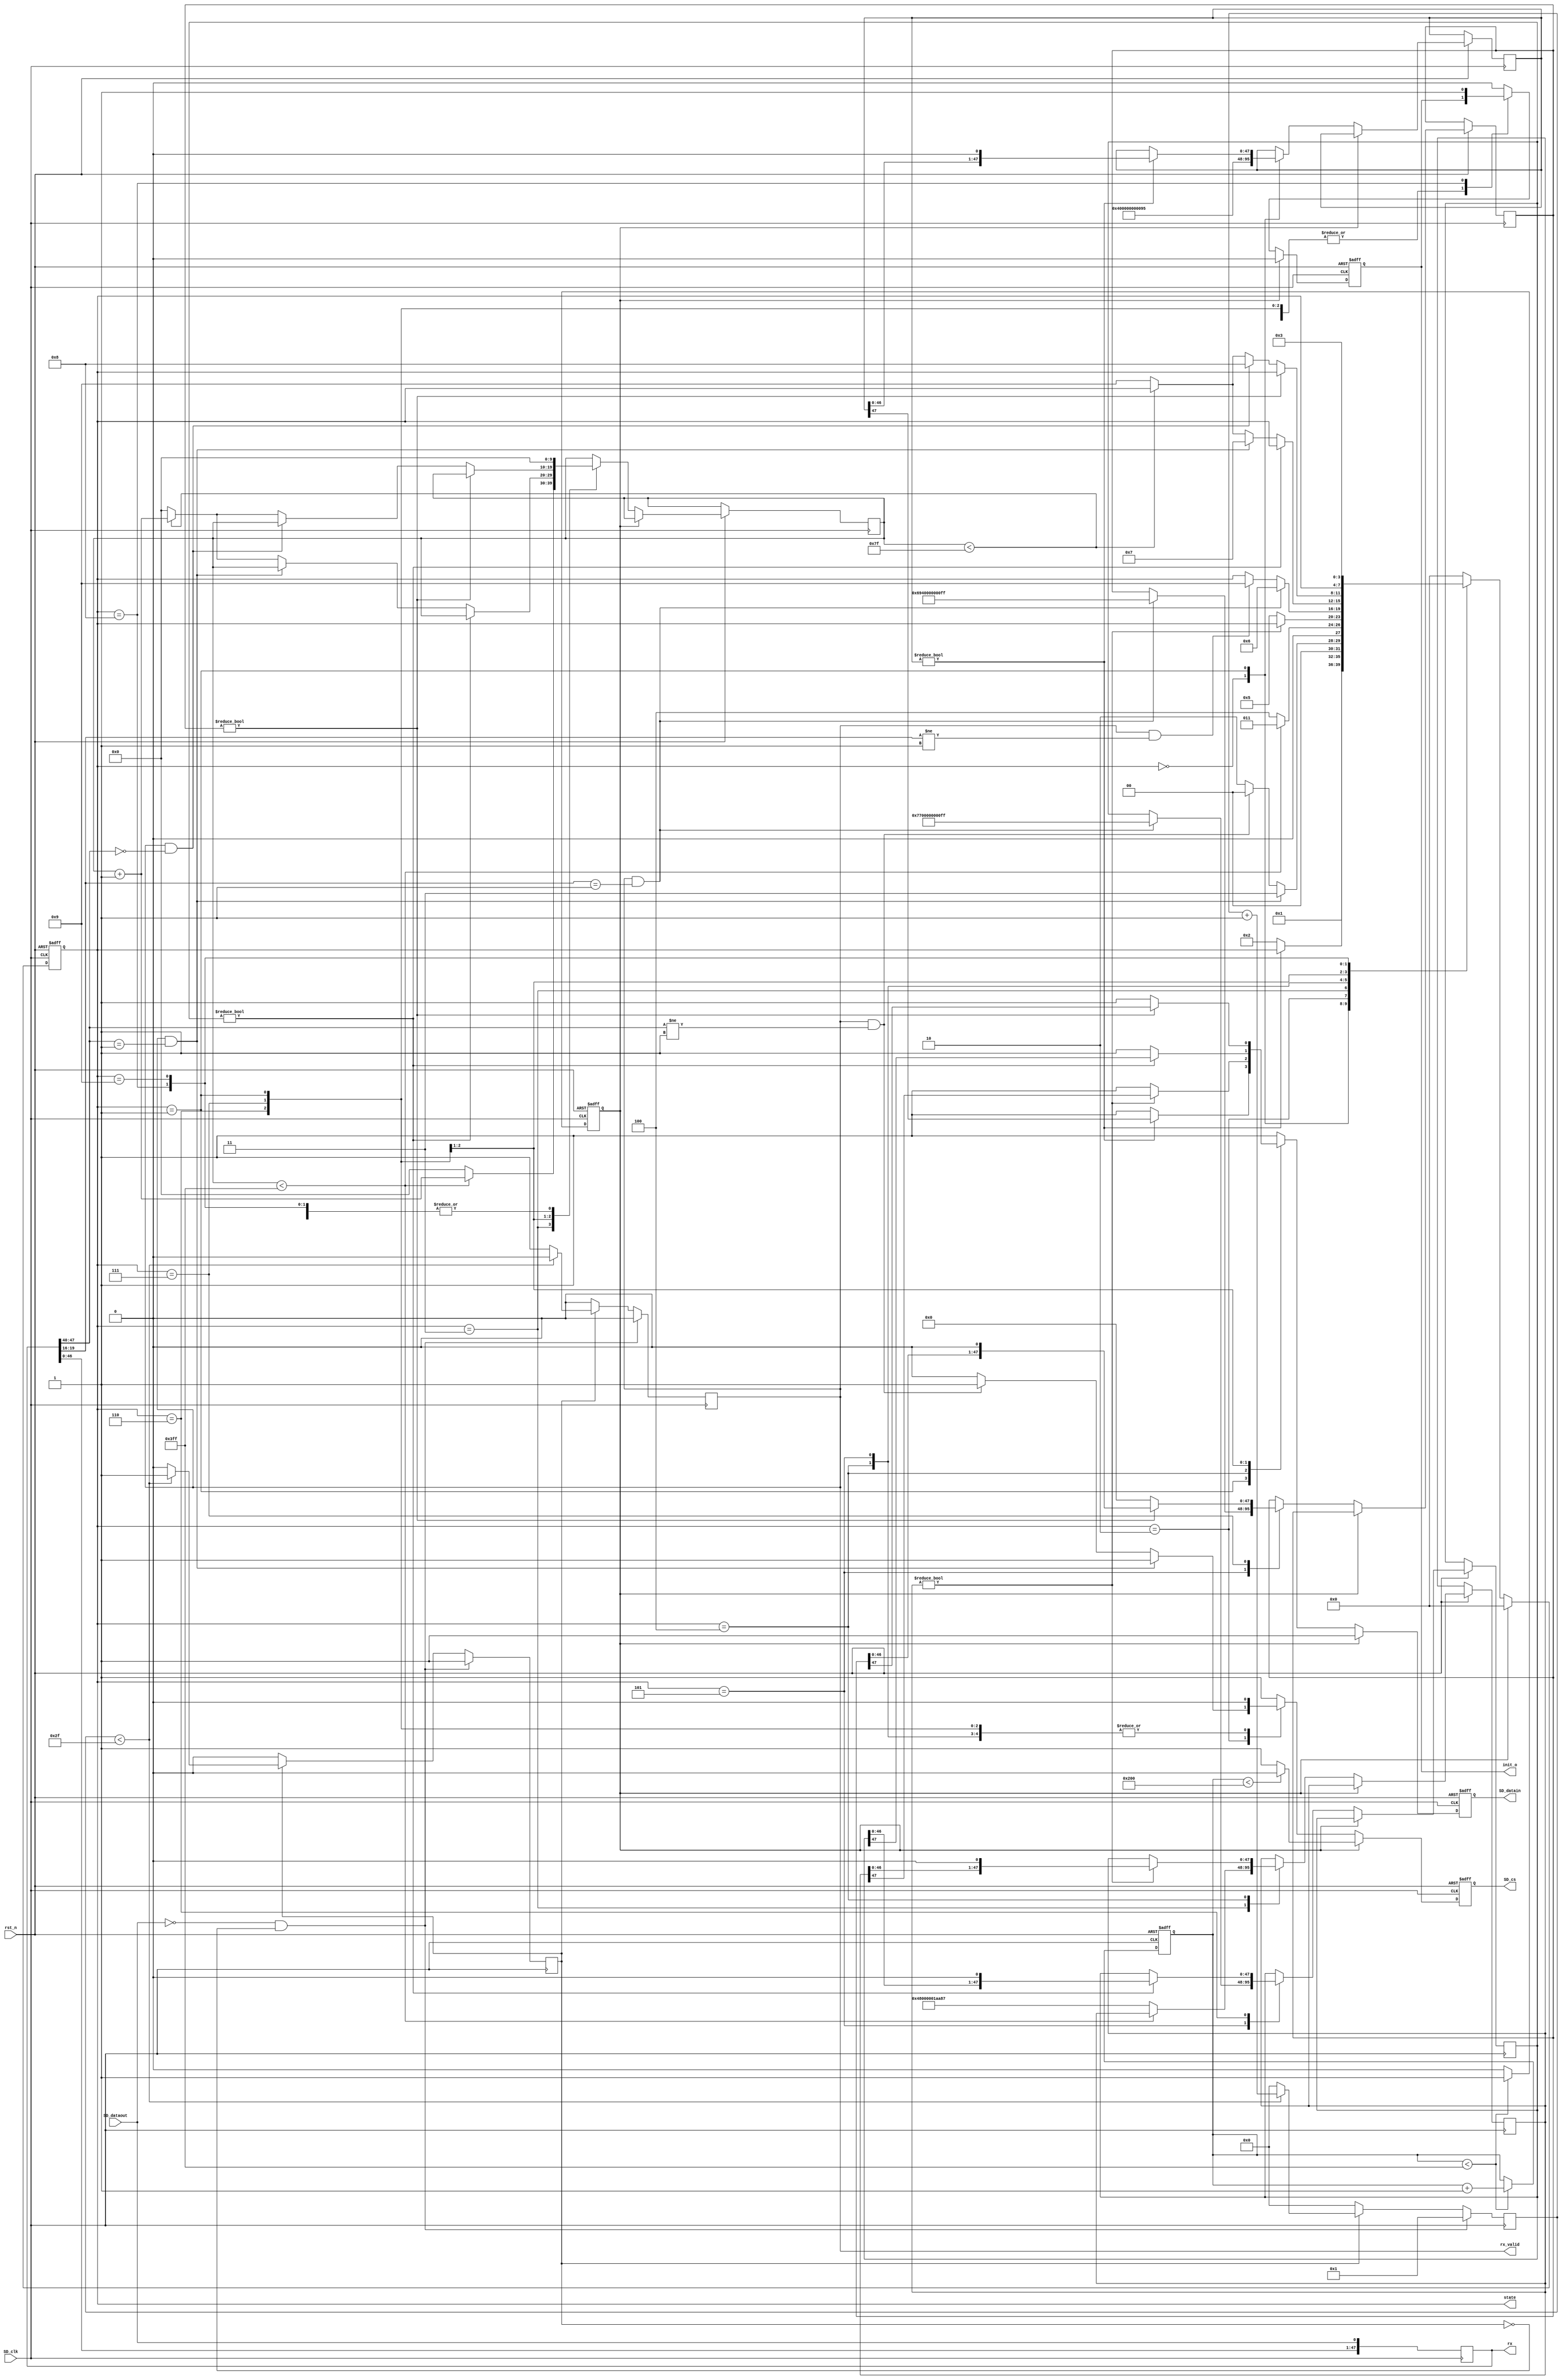
module sd_initial(
						
						input rst_n,
						
						input SD_clk,    
						output reg SD_cs,
						output reg SD_datain,
						input  SD_dataout,
						
						output [47:0]rx,      // ʲôã
						output reg rx_valid,
						output reg init_o,
						output reg [3:0] state

);


reg [47:0] CMD0={8'h40,8'h00,8'h00,8'h00,8'h00,8'h95};  //CMD0ҪCRC 95
reg [47:0] CMD8={8'h48,8'h00,8'h00,8'h01,8'haa,8'h87};   

reg [47:0] CMD55={8'h77,8'h00,8'h00,8'h00,8'h00,8'hff};
reg [47:0] ACMD41={8'h69,8'h40,8'h00,8'h00,8'h00,8'hff};

reg [47:0] rx;

reg [9:0] counter=10'd0;
reg reset=1'b1;

parameter idle=4'b0000;
parameter send_cmd0=4'b0001;
parameter wait_01=4'b0010;
parameter waitb=4'b0011;
parameter send_cmd8=4'b0100;
parameter waita=4'b0101;
parameter send_cmd55=4'b0110;
parameter send_acmd41=4'b0111;
parameter init_done=4'b1000;
parameter init_fail=4'b1001;

reg [9:0] cnt;

reg [5:0]aa;

reg en;

//SD
always @(posedge SD_clk)
begin
	rx[0]<=SD_dataout;
	rx[47:1]<=rx[46:0];
end

//SDӦź
always @(posedge SD_clk)
begin
	if(!SD_dataout&&!en) begin //ȴSD_dataoutΪ,SD_dataoutΪ,ʼ
	  rx_valid<=1'b0; 
	  aa<=1;
	  en<=1'b1;
	end   
   else if(en)	begin 
		if(aa<47) begin
			aa<=aa+1'b1;  
			rx_valid<=1'b0;
		end
		else begin
			aa<=0;
			en<=1'b0;
			rx_valid<=1'b1;        //48bit,rx_validźſʼЧ
		end
	end
	else begin 
	   en<=1'b0;
		aa<=0;
		rx_valid<=1'b0;
	end
end

//ϵʱͷresetź
always @(negedge SD_clk or negedge rst_n)
begin
   if (!rst_n) begin
	    counter<=0;
		 reset<=1'b1;
	end
	else begin
	  if(counter<10'd1023) begin 
			counter<=counter+1'b1;
			reset<=1'b1;
	  end
	  else begin 	
	      reset<=1'b0;
	  end
	end  
end

//SDʼ
always @(negedge SD_clk or negedge rst_n)
begin
	if(!rst_n)begin
		SD_cs<=1'b0;         //ƬѡCS͵ƽѡSD
		SD_datain<=1'b1;
		init_o<=1'b0;
		state<=idle;		
	end
	else if(reset==1'b1) begin
	  if(counter<512)  begin
		  SD_cs<=1'b0;         //ƬѡCS͵ƽѡSD
		  SD_datain<=1'b1;
		  init_o<=1'b0;
		  state<=idle;
	  end
	  else begin
		  SD_cs<=1'b1;         //ƬѡCSߵƽͷSD
		  SD_datain<=1'b1;
		  init_o<=1'b0;
		  state<=idle;
	 end
		end
	 else begin
			case(state)
			   idle:	begin
					init_o<=1'b0;
					CMD0<={8'h40,8'h00,8'h00,8'h00,8'h00,8'h95};    
					SD_cs<=1'b1;
					SD_datain<=1'b1;
					state<=send_cmd0;
					cnt<=0;
				end
				send_cmd0: begin              //CMD0
					if(CMD0!=48'd0) begin
						SD_cs<=1'b0;
						SD_datain<=CMD0[47];
						CMD0<={CMD0[46:0],1'b0};
					end
						else begin
							SD_cs<=1'b0;
							SD_datain<=1'b1;
							state<=wait_01;
						end
					end
				 wait_01:begin                        //ȴSDӦ0x01
						if(rx_valid&&rx[47:40]==8'h01) begin          
							SD_cs<=1'b1;
							SD_datain<=1'b1;
							state<=waitb;
						end
						else if(rx_valid&&rx[47:40]!=8'h01)	begin
							SD_cs<=1'b1;
							SD_datain<=1'b1;
							state<=idle;
						end
						else begin
							SD_cs<=1'b0;
							SD_datain<=1'b1;
							state<=wait_01;
						end
				  end
				  waitb: begin                //ȴһʱ			
						if(cnt<10'd1023)	begin
							SD_cs<=1'b1;
							SD_datain<=1'b1;
							state<=waitb;
							cnt<=cnt+1'b1;
						end
						else begin
							SD_cs<=1'b1;
							SD_datain<=1'b1;
							CMD8<={8'h48,8'h00,8'h00,8'h01,8'haa,8'h87};           
							cnt<=0;
							state<=send_cmd8;
						end
					end
					send_cmd8: begin                     //CMD8	
						if(CMD8!=48'd0) begin
							SD_cs<=1'b0;
							SD_datain<=CMD8[47];
							CMD8<={CMD8[46:0],1'b0};
						end
						else begin
							SD_cs<=1'b0;
							SD_datain<=1'b1;
							state<=waita;
						end
					end
					waita: begin                     //ȴCMD8Ӧ,
						SD_cs<=1'b0;
					   SD_datain<=1'b1;
						if(rx_valid&&rx[19:16]==4'b0001) begin         //SD2.0support 2.7V-3.6V supply voltage										
						   state<=send_cmd55;
						   CMD55<={8'h77,8'h00,8'h00,8'h00,8'h00,8'hff};
							ACMD41<={8'h69,8'h40,8'h00,8'h00,8'h00,8'hff};
						end
						else if(rx_valid&&rx[19:16]!=4'b0001)	begin
							state<=init_fail;
						end
 				    end
					 send_cmd55:begin             //CMD55 				
						if(CMD55!=48'd0)begin
						   SD_cs<=1'b0;
							SD_datain<=CMD55[47];
							CMD55<={CMD55[46:0],1'b0};
						end
						else begin
						   SD_cs<=1'b0;
							SD_datain<=1'b1;
							if(rx_valid&&rx[47:40]==8'h01)      //ȴӦź01
							   state<=send_acmd41;
							else begin
								if(cnt<10'd127)
								   cnt<=cnt+1'b1;
								else begin
  								   cnt<=10'd0;
									state<=init_fail;
							   end
							end
						 end
					  end
					  send_acmd41: begin          //ACMD41
						  if(ACMD41!=48'd0) begin						
								SD_cs<=1'b0;
								SD_datain<=ACMD41[47];
								ACMD41<={ACMD41[46:0],1'b0};
							end
							else begin
								SD_cs<=1'b0;
								SD_datain<=1'b1;
								ACMD41<=48'd0;
								if(rx_valid&&rx[47:40]==8'h00)
								   state<=init_done;
								else begin
									if(cnt<10'd127)
									   cnt<=cnt+1'b1;
									else begin
  									   cnt<=10'd0;
										state<=init_fail;
								   end
								end	
							end
					end
					init_done:begin init_o<=1'b1;SD_cs<=1'b1;SD_datain<=1'b1;cnt<=0;end     //ʼ
					init_fail:begin init_o<=1'b0;SD_cs<=1'b1;SD_datain<=1'b1;cnt<=0;state<=waitb;end       //ʼδɹ,·CMD8, CMD55 CMD41
					default: begin	state<=idle; SD_cs<=1'b1; SD_datain<=1'b1;init_o<=1'b0;end
			endcase
	 end
end
								
endmodule